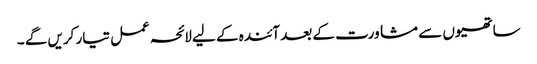
ساتھیوں سے مشاورت کے بعد آئندہ کے لیے لائحہ عمل تیار کریں گے ۔